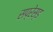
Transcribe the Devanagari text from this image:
सप्रेस्ड